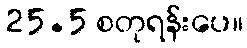
25.5 စတုရန်းပေ။